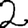
Digit: 2